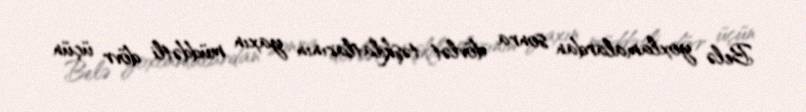
Belə yoxlamalardan sonra dövlət təşkilatlarının yaxın müddətli dövr üçün